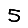
Digit: 5